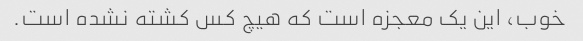
خوب، این یک معجزه است که هیچ کس کشته نشده است.